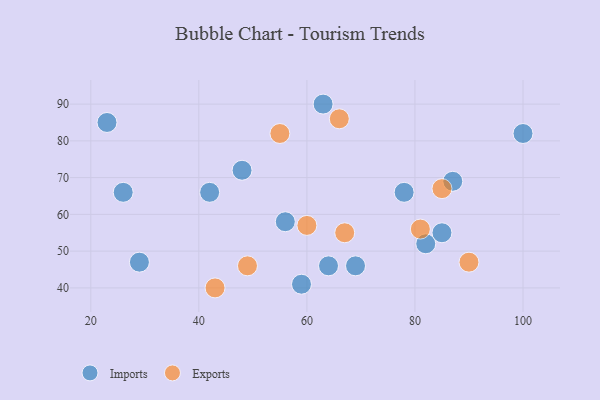
{"axis": {"x": "GDP", "y": "Life Expectancy"}, "legend": ["Exports", "Imports"], "data": [{"x": "48", "y": 72, "type": "Imports"}, {"x": "64", "y": 46, "type": "Imports"}, {"x": "82", "y": 52, "type": "Imports"}, {"x": "85", "y": 55, "type": "Imports"}, {"x": "56", "y": 58, "type": "Imports"}, {"x": "69", "y": 46, "type": "Imports"}, {"x": "26", "y": 66, "type": "Imports"}, {"x": "59", "y": 41, "type": "Imports"}, {"x": "100", "y": 82, "type": "Imports"}, {"x": "87", "y": 69, "type": "Imports"}, {"x": "42", "y": 66, "type": "Imports"}, {"x": "78", "y": 66, "type": "Imports"}, {"x": "29", "y": 47, "type": "Imports"}, {"x": "63", "y": 90, "type": "Imports"}, {"x": "23", "y": 85, "type": "Imports"}, {"x": "66", "y": 86, "type": "Exports"}, {"x": "85", "y": 67, "type": "Exports"}, {"x": "55", "y": 82, "type": "Exports"}, {"x": "90", "y": 47, "type": "Exports"}, {"x": "81", "y": 56, "type": "Exports"}, {"x": "49", "y": 46, "type": "Exports"}, {"x": "43", "y": 40, "type": "Exports"}, {"x": "67", "y": 55, "type": "Exports"}, {"x": "60", "y": 57, "type": "Exports"}]}